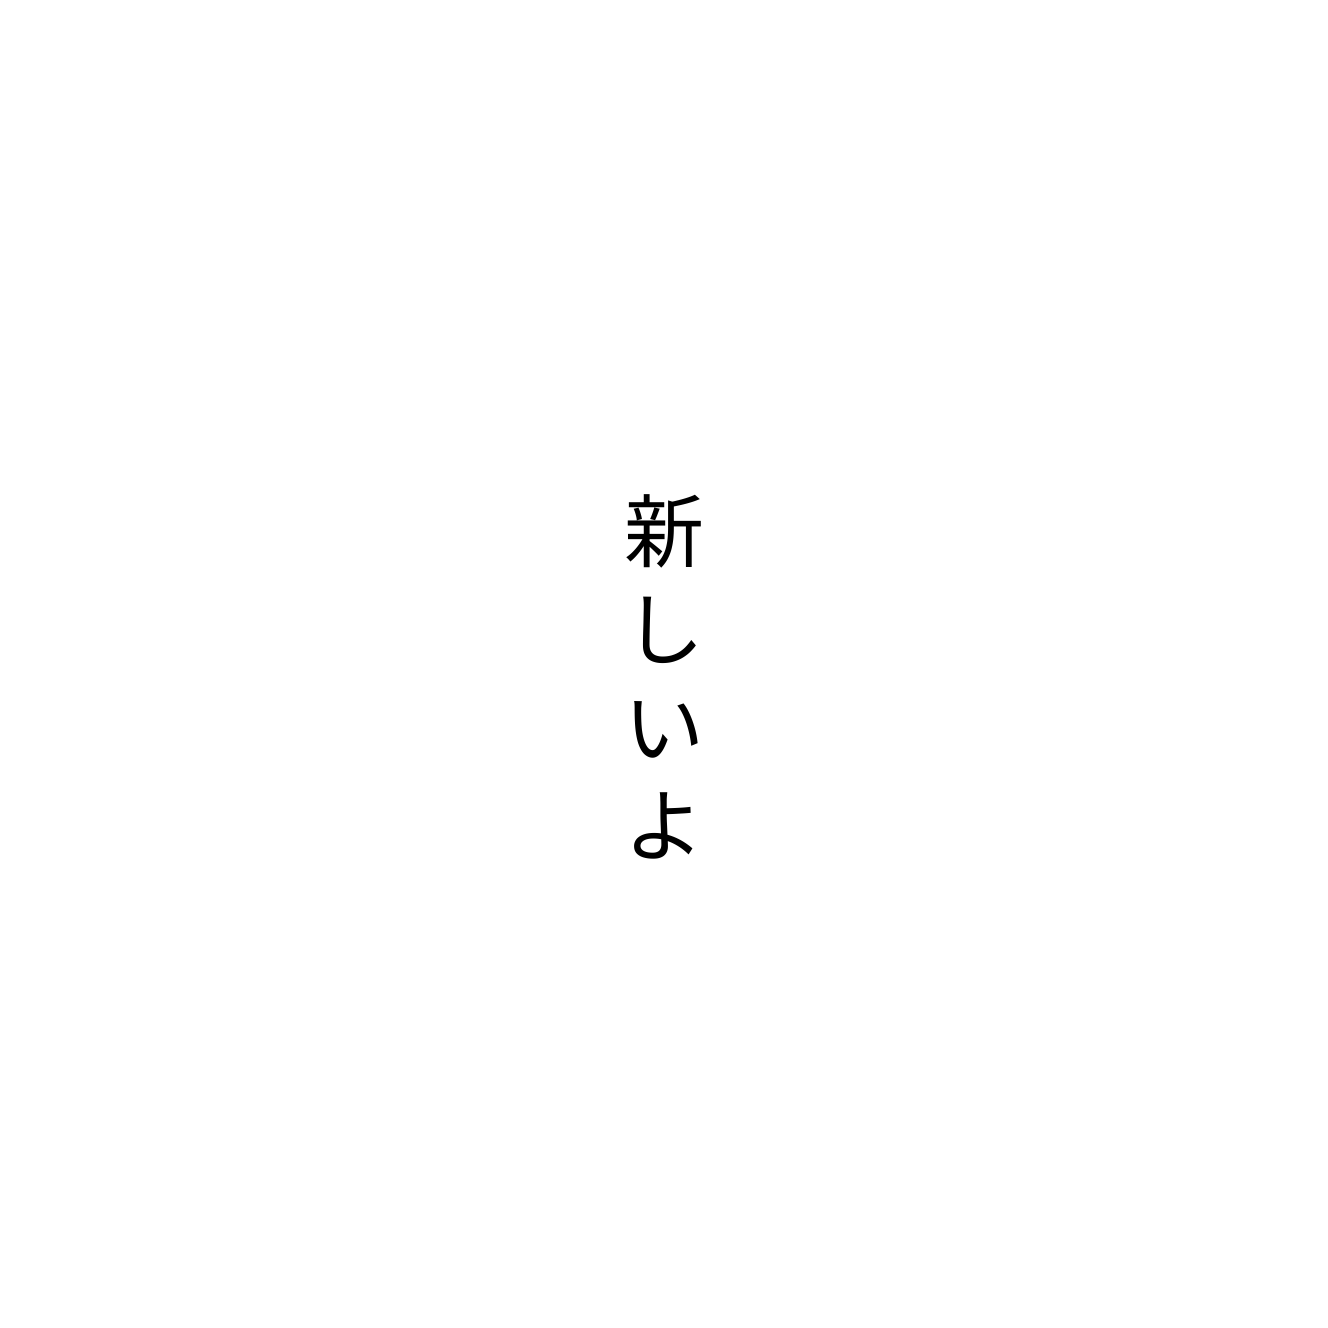
新しいよ